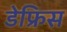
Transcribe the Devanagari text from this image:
डेफ्रिस